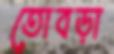
তোবড়া